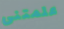
علمتنى